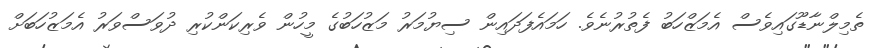
ތެމިލްނާޑޫގައިވެސް އެމަޒްހަބު ފެތުރުނެވެ. ހަމައެފަދައިން ސިޔުމަރު މަޒުހަބުގެ މީހުން ވެރިކަންކުރި ދުވަސްވަރު އެމަޒުހަބަށް